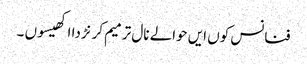
فنانس کوں ایں حوالے نال ترمیم کرنڑ دا اکھیسوں ۔